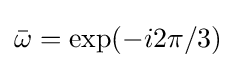
{\bar {\omega }}=\exp(-i2\pi /3)